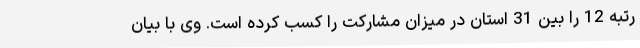
رتبه 12 را بین 31 استان در میزان مشارکت را کسب کرده است. وی با بیان